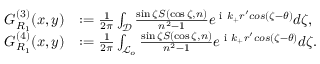
\begin{array} { r l } { G _ { R _ { 1 } } ^ { ( 3 ) } ( x , y ) } & { : = \frac { 1 } { 2 \pi } \int _ { \mathcal { D } } \frac { \sin \zeta S ( \cos \zeta , n ) } { n ^ { 2 } - 1 } e ^ { \textrm { i } k _ { + } r ^ { \prime } c o s ( \zeta - \theta ) } d \zeta , } \\ { G _ { R _ { 1 } } ^ { ( 4 ) } ( x , y ) } & { : = \frac { 1 } { 2 \pi } \int _ { \mathcal { L } _ { o } } \frac { \sin \zeta S ( \cos \zeta , n ) } { n ^ { 2 } - 1 } e ^ { \textrm { i } k _ { + } r ^ { \prime } c o s ( \zeta - \theta ) } d \zeta . } \end{array}